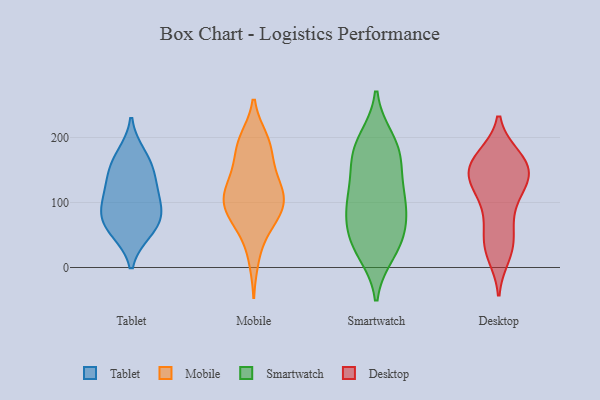
{"axis": {"x": "Satisfaction Score", "y": "Value"}, "legend": ["Desktop", "Mobile", "Smartwatch", "Tablet"], "data": [{"x": "", "y": 160, "type": "Tablet"}, {"x": "", "y": 92, "type": "Tablet"}, {"x": "", "y": 143, "type": "Tablet"}, {"x": "", "y": 174, "type": "Tablet"}, {"x": "", "y": 112, "type": "Tablet"}, {"x": "", "y": 125, "type": "Tablet"}, {"x": "", "y": 55, "type": "Tablet"}, {"x": "", "y": 81, "type": "Tablet"}, {"x": "", "y": 78, "type": "Tablet"}, {"x": "", "y": 57, "type": "Tablet"}, {"x": "", "y": 118, "type": "Mobile"}, {"x": "", "y": 198, "type": "Mobile"}, {"x": "", "y": 13, "type": "Mobile"}, {"x": "", "y": 92, "type": "Mobile"}, {"x": "", "y": 197, "type": "Mobile"}, {"x": "", "y": 56, "type": "Mobile"}, {"x": "", "y": 99, "type": "Mobile"}, {"x": "", "y": 75, "type": "Mobile"}, {"x": "", "y": 194, "type": "Mobile"}, {"x": "", "y": 93, "type": "Mobile"}, {"x": "", "y": 174, "type": "Mobile"}, {"x": "", "y": 131, "type": "Mobile"}, {"x": "", "y": 69, "type": "Mobile"}, {"x": "", "y": 116, "type": "Mobile"}, {"x": "", "y": 115, "type": "Mobile"}, {"x": "", "y": 98, "type": "Mobile"}, {"x": "", "y": 160, "type": "Mobile"}, {"x": "", "y": 146, "type": "Mobile"}, {"x": "", "y": 39, "type": "Smartwatch"}, {"x": "", "y": 196, "type": "Smartwatch"}, {"x": "", "y": 72, "type": "Smartwatch"}, {"x": "", "y": 97, "type": "Smartwatch"}, {"x": "", "y": 151, "type": "Smartwatch"}, {"x": "", "y": 112, "type": "Smartwatch"}, {"x": "", "y": 49, "type": "Smartwatch"}, {"x": "", "y": 188, "type": "Smartwatch"}, {"x": "", "y": 24, "type": "Smartwatch"}, {"x": "", "y": 35, "type": "Smartwatch"}, {"x": "", "y": 94, "type": "Smartwatch"}, {"x": "", "y": 176, "type": "Smartwatch"}, {"x": "", "y": 105, "type": "Smartwatch"}, {"x": "", "y": 167, "type": "Smartwatch"}, {"x": "", "y": 30, "type": "Desktop"}, {"x": "", "y": 130, "type": "Desktop"}, {"x": "", "y": 93, "type": "Desktop"}, {"x": "", "y": 129, "type": "Desktop"}, {"x": "", "y": 136, "type": "Desktop"}, {"x": "", "y": 164, "type": "Desktop"}, {"x": "", "y": 78, "type": "Desktop"}, {"x": "", "y": 158, "type": "Desktop"}, {"x": "", "y": 156, "type": "Desktop"}, {"x": "", "y": 128, "type": "Desktop"}, {"x": "", "y": 33, "type": "Desktop"}, {"x": "", "y": 167, "type": "Desktop"}, {"x": "", "y": 34, "type": "Desktop"}, {"x": "", "y": 19, "type": "Desktop"}, {"x": "", "y": 63, "type": "Desktop"}, {"x": "", "y": 170, "type": "Desktop"}, {"x": "", "y": 142, "type": "Desktop"}, {"x": "", "y": 124, "type": "Desktop"}, {"x": "", "y": 167, "type": "Desktop"}]}